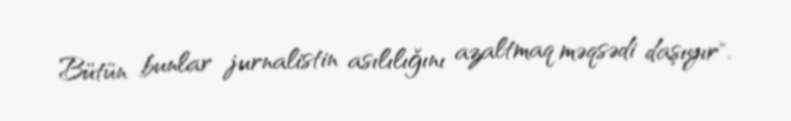
Bütün bunlar jurnalistin asılılığını azaltmaq məqsədi daşıyır".